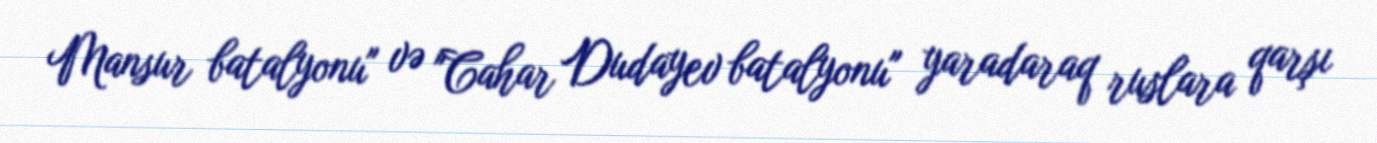
Mansur batalyonu" və "Cahar Dudayev batalyonu" yaradaraq ruslara qarşı